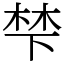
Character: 梺